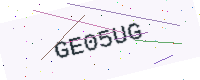
Text: GE05UG